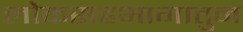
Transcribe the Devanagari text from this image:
लोकसहभागातुन